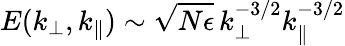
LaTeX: E(k_{\perp},k_{\parallel})\sim\sqrt{N\epsilon}\, k_{\perp}^{-3/2}k_{\parallel}^{-3/2}